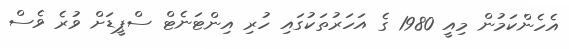
އެހެންކަމުން މިއީ 1980 ގެ އަހަރުތަކުގައި ހުރި އިންޓަނެޓް ސްޕީޑަށް ވުރެ ވެސް